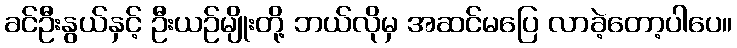
ခင်ဦးနွယ်နှင့် ဦးယဉ်မျိုးတို့ ဘယ်လိုမှ အဆင်မပြေ လာခဲ့တော့ပါပေ။